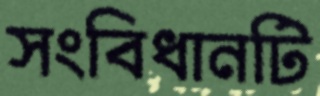
সংবিধানটি